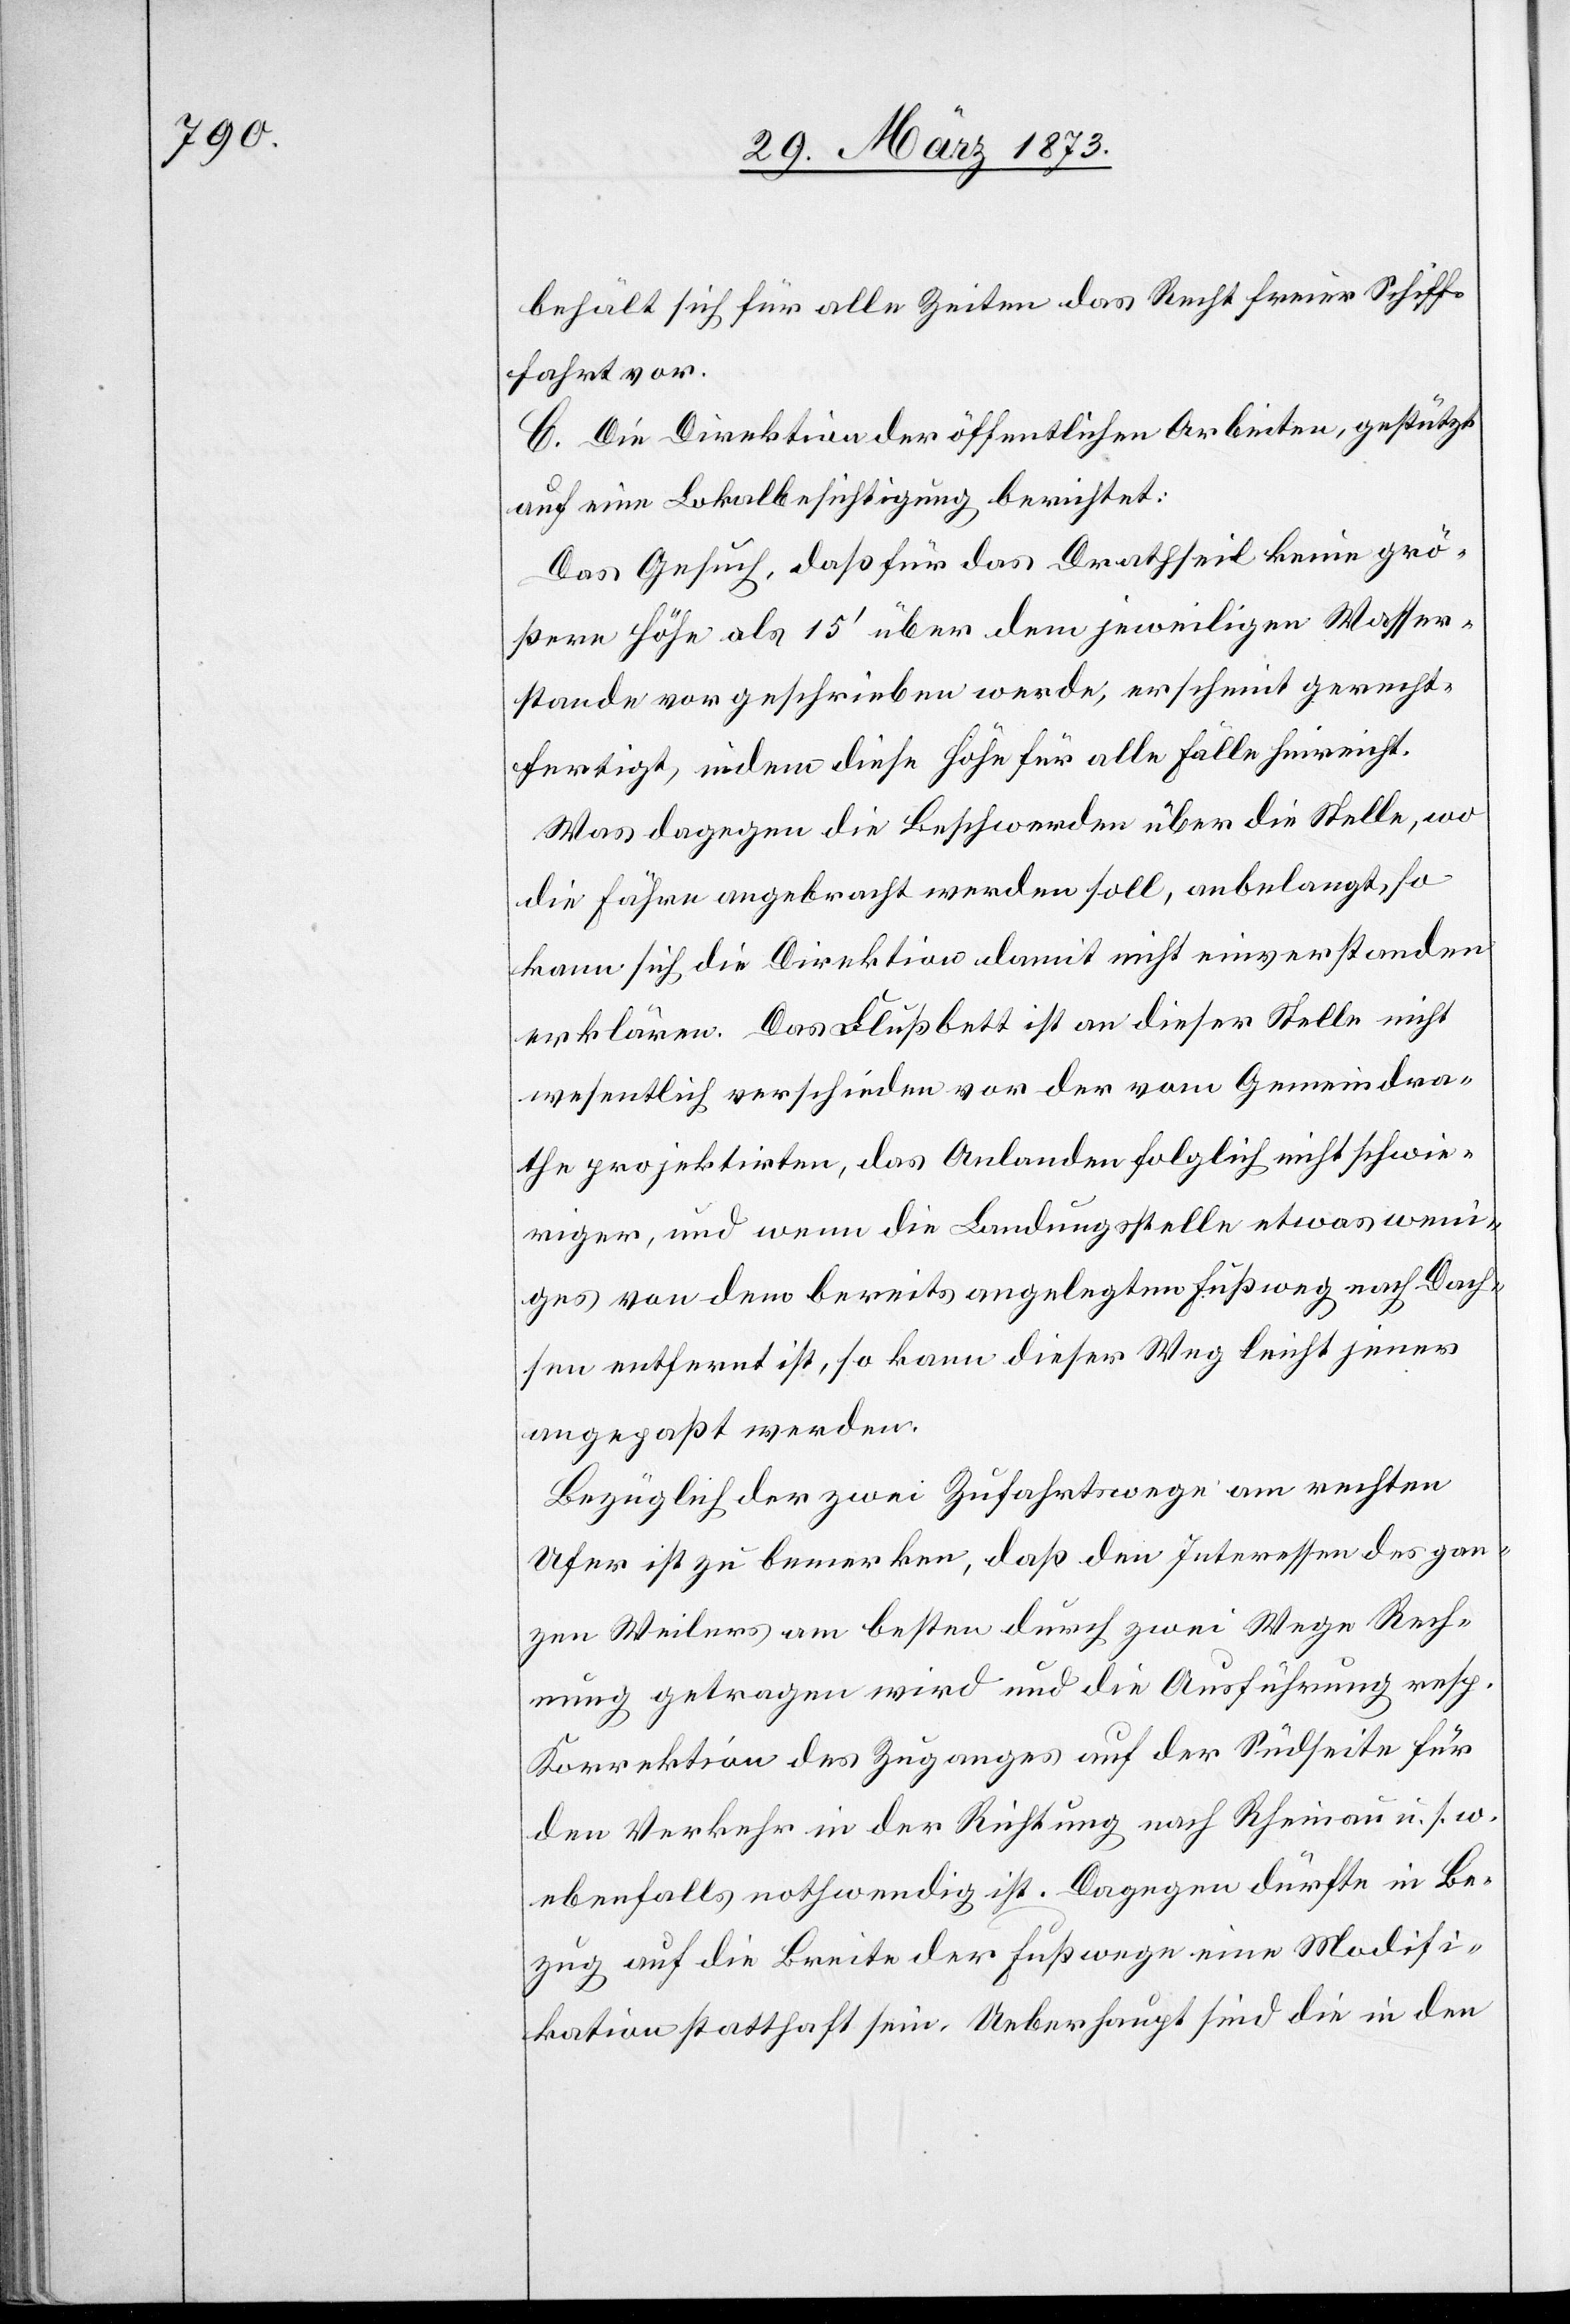
behält sich für alle Zeiten das Recht freier Schiff¬
fahrt vor.
C. Die Direktion der öffentlichen Arbeiten, gestützt
auf eine Lokalbesichtigung berichtet:
Das Gesuch, daß für das Drathseil keine grö¬
ßere Höhe als 15’ über dem jeweiligen Wasser¬
stande vorgeschrieben werde, erscheint gerecht¬
fertigt, indem diese Höhe für alle Fälle hinreicht.
Was dagegen die Beschwerde über die Stelle, wo
die Fähre angebracht werden soll, anbelangt, so
kann sich die Direktion damit nicht einverstanden
erklären. Das Flußbett ist an dieser Stelle nicht
wesentlich verschieden vor [sic!] der vom Gemeindra¬
the projektirten, das Anlanden folglich nicht schwie¬
riger, und wenn die Landungsstelle etwas weni¬
ges von dem bereits angelegten Fußweg nach Dach¬
sen entfernt ist, so kann dieser Weg leicht jener
angepaßt werden.
Bezüglich der zwei Zufahrtswege am rechten
Ufer ist zu bemerken, daß den Interessen des gan¬
zen Weilers am besten durch zwei Wege Rech¬
nung getragen wird und die Ausführung resp.
Korrektion des Zuganges auf der Südseite für
den Verkehr in der Richtung nach Rheinau u. s. w.
ebenfalls nothwendig ist. Dagegen dürfte in Be¬
zug auf die Breite der Fußwege eine Modifi¬
kation statthaft sein. Ueberhaupt sind die in den